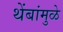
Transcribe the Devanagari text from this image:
थेंबांमुळे